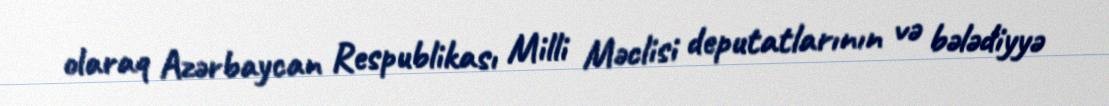
olaraq Azərbaycan Respublikası Milli Məclisi deputatlarının və bələdiyyə